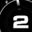
Digit: 2